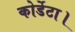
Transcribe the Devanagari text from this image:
कोर्डेटा।